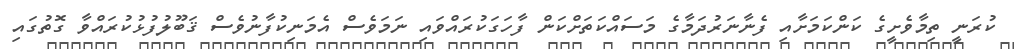
ކުރަނީ ތިމާވެށީގެ ކަންކަމަށާއި ފެނާނަރުދަމާގެ މަސައްކަތަށްކަން ފާހަގަކުރައްވައި ނަމަވެސް އެމަނިކުފާނުވެސް ޤަބޫލުފުޅުކުރައްވާ ގޮތުގައި